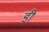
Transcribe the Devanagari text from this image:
डी़